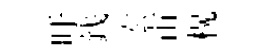
吁銭宏宙榥